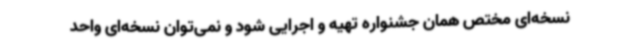
نسخه‌ای مختص همان جشنواره تهیه و اجرایی شود و نمی‌توان نسخه‌ای واحد